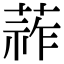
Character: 𦵬